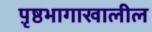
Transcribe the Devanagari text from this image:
पृ़ष्ठभागाखालील